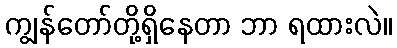
ကျွန်တော်တို့ရှိနေတာ ဘာ ရထားလဲ။